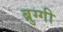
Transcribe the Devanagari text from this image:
ब्रुग्गी